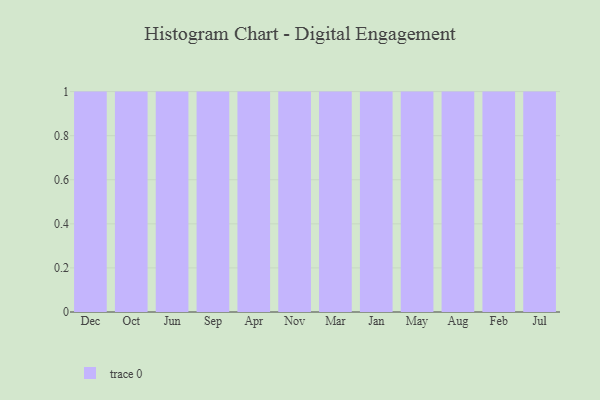
{"axis": {"x": "Month", "y": "Shipments"}, "legend": [""], "data": [{"x": "Dec", "y": 85, "type": ""}, {"x": "Oct", "y": 86, "type": ""}, {"x": "Jun", "y": 75, "type": ""}, {"x": "Sep", "y": 75, "type": ""}, {"x": "Apr", "y": 18, "type": ""}, {"x": "Nov", "y": 15, "type": ""}, {"x": "Mar", "y": 18, "type": ""}, {"x": "Jan", "y": 81, "type": ""}, {"x": "May", "y": 71, "type": ""}, {"x": "Aug", "y": 90, "type": ""}, {"x": "Feb", "y": 38, "type": ""}, {"x": "Jul", "y": 92, "type": ""}]}